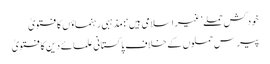
خودکش حملے ’غیر اسلامی ہیں‘: مذہبی رہنماؤں کا فتویٰ
پیرس حملوں کے خلاف پاکستانی علمائے دین کا فتویٰ